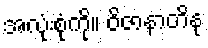
အလုံးစုံကို။ ဝိဇာနာတိနု